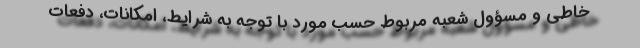
خاطی و مسؤول شعبه مربوط حسب مورد با توجه به شرایط، امکانات، دفعات